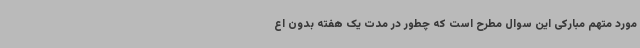
مورد متهم مبارکی این سوال مطرح است که چطور در مدت یک هفته بدون اع